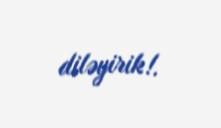
diləyirik!.